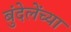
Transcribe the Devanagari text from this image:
बुंदेलेंच्या